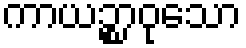
ကာယဉ္စာဝုသော